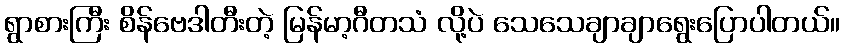
ရွာစားကြီး စိန်ဗေဒါတီးတဲ့ မြန်မာ့ဂီတသံ လို့ပဲ သေသေချာချာရွေးပြောပါတယ်။